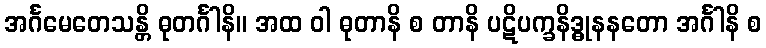
အင်္ဂမေတေသန္တိ ဓုတင်္ဂါနိ။ အထ ဝါ ဓုတာနိ စ တာနိ ပဋိပက္ခနိဒ္ဓုနနတော အင်္ဂါနိ စ